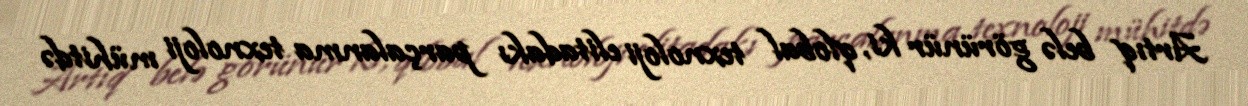
Artıq belə görünür ki, qlobal texnoloji elitadakı parçalanma texnoloji mühitdə